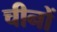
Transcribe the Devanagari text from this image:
चीनों